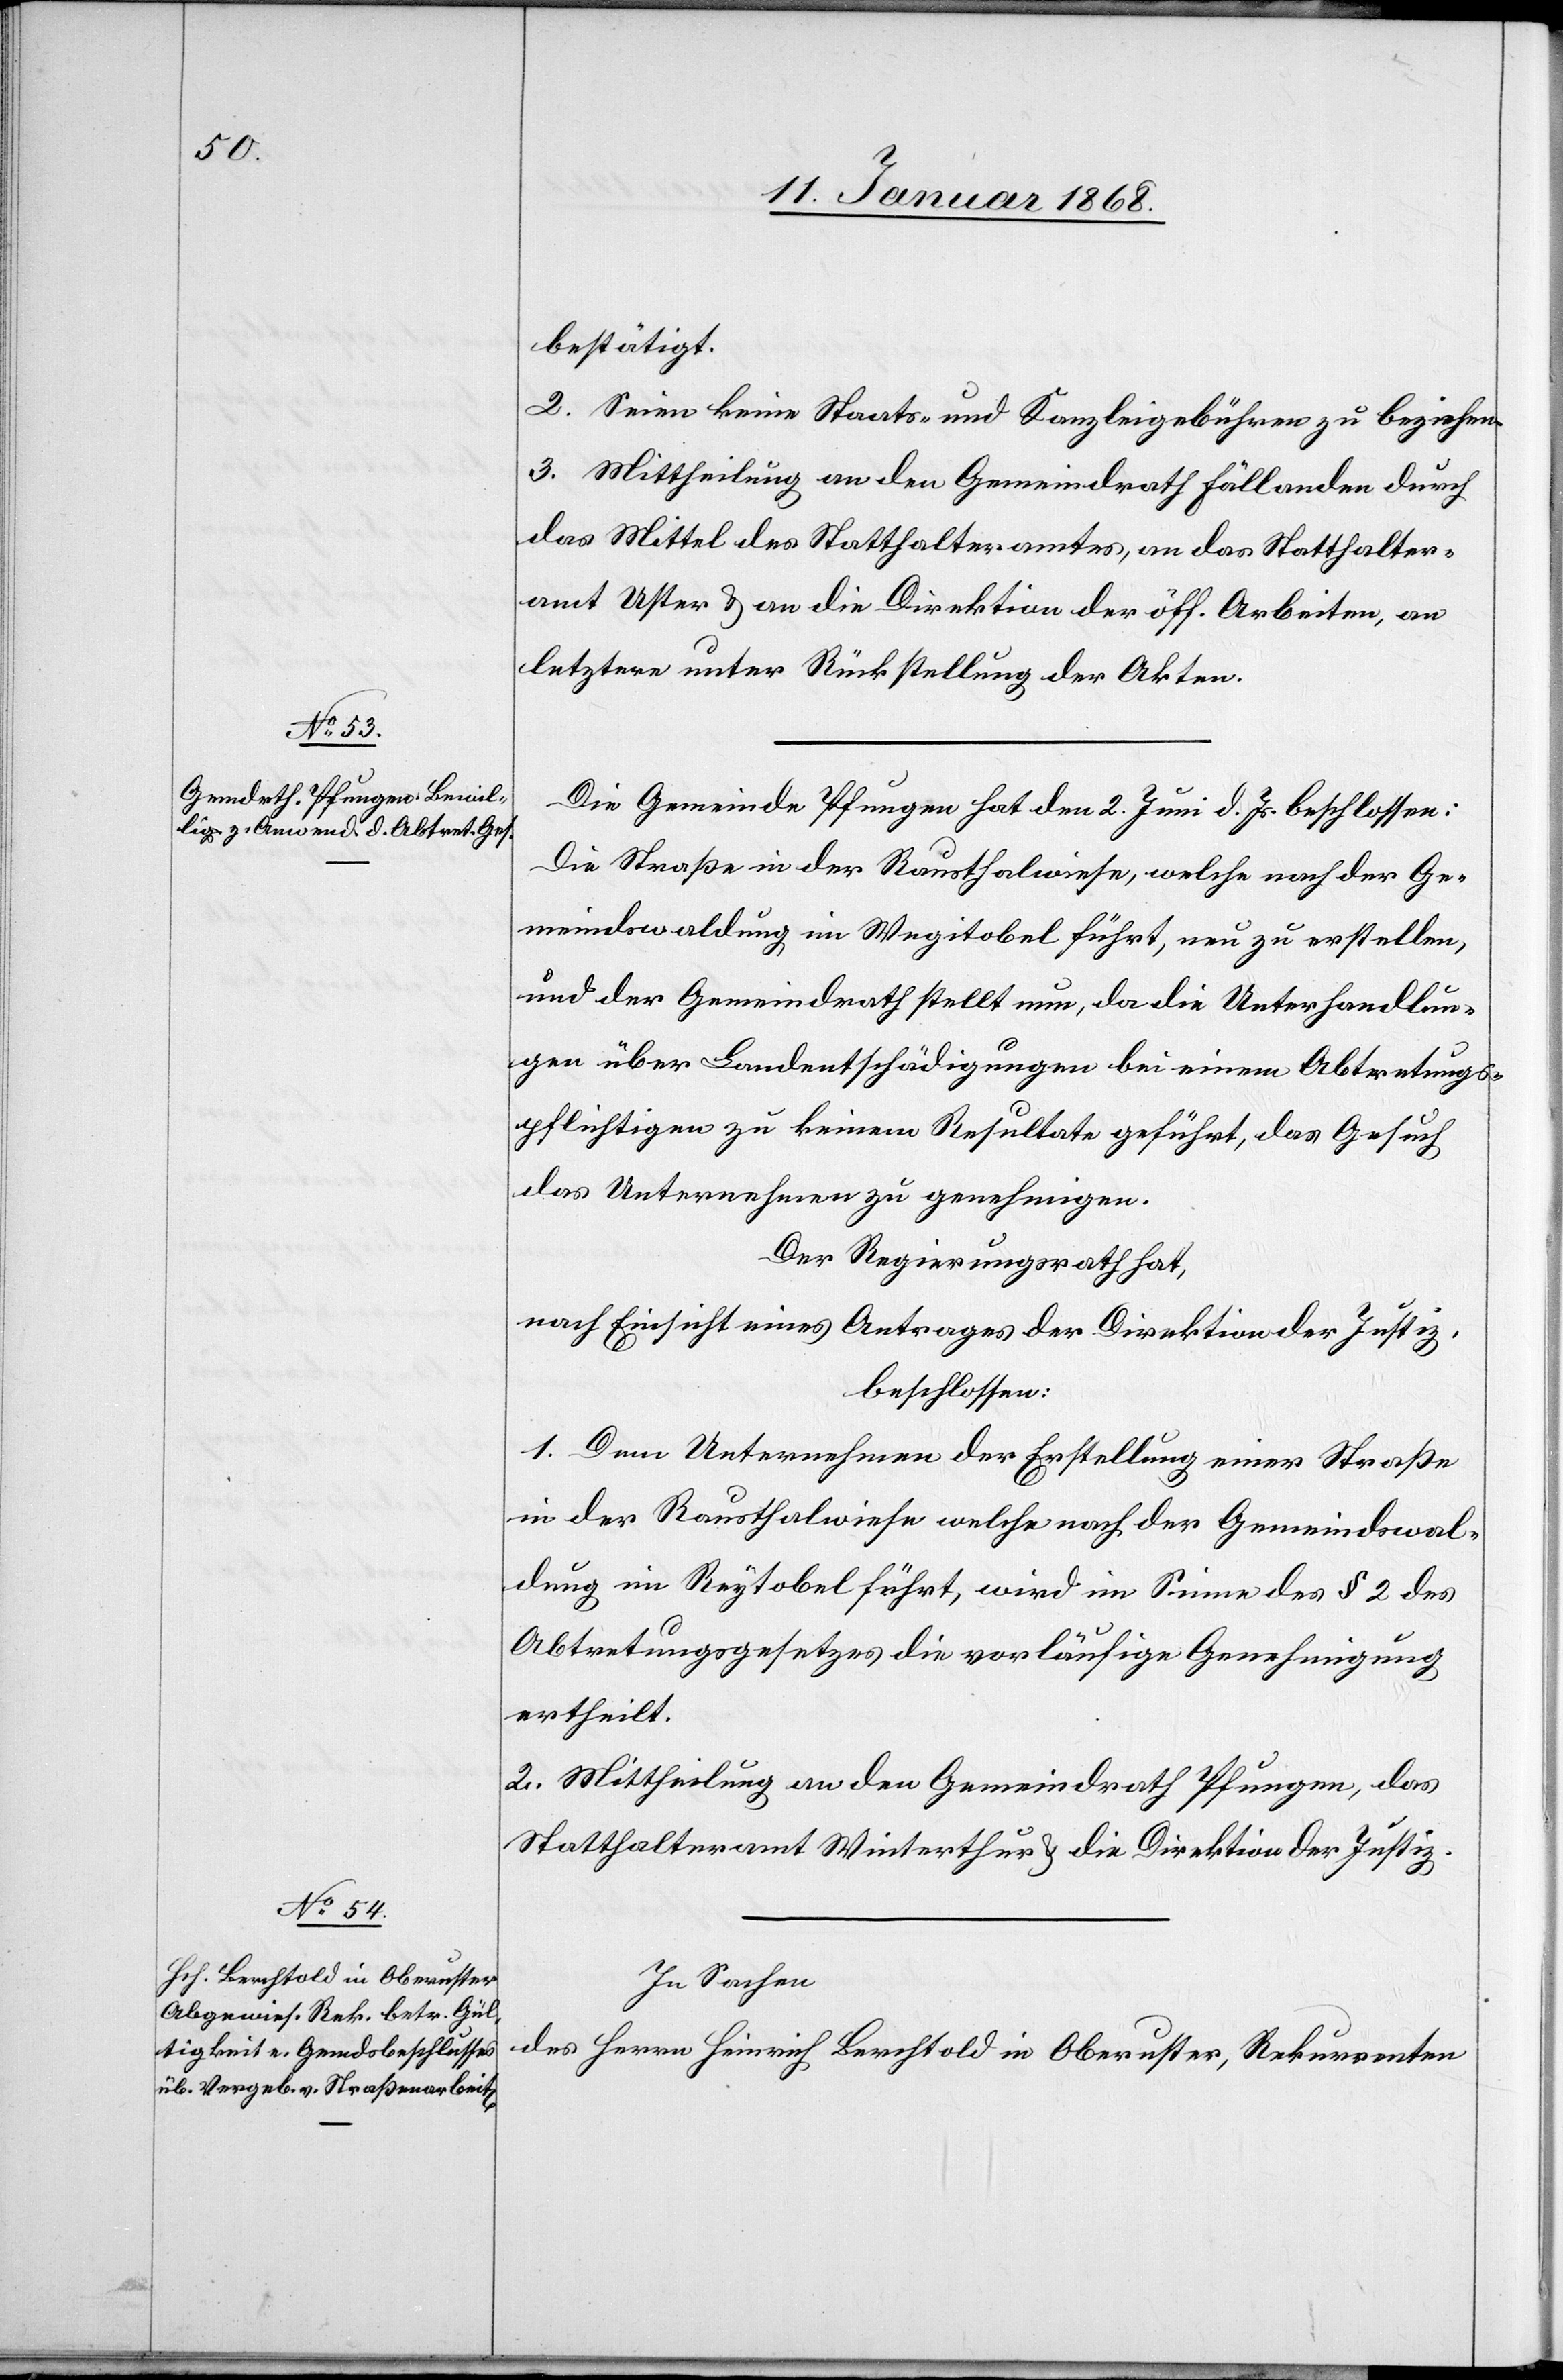
bestätigt.
2. Seien keine Staats- und Kanzleigebühren zu beziehen.
3. Mittheilung an den Gemeindrath Fällanden durch
das Mittel des Statthalteramtes, an das Statthalter¬
amt Uster & an die Direktion der öff. Arbeiten, an
letztere unter Rückstellung der Akten.
Die Gemeinde Pfungen hat den 2. Juni d. Js. beschlossen:
Die Straße in der Rausthalwiese, welche nach der Ge¬
meindswaldung im Wegitobel führt, neu zu erstellen,
und der Gemeindrath stellt nun, da die Unterhandlun¬
gen über Landentschädigungen bei einem Abtretungs¬
pflichtigen zu keinem Resultate geführt, das Gesuch
das Unternehmen zu genehmigen.
Der Regierungsrath hat,
nach Einsicht eines Antrages der Direktion der Justiz,
beschlossen:
1. Dem Unternehmen der Erstellung einer Straße
in der Rausthalwiese welche nach der Gemeindswal¬
dung im Reytobel [sic!] führt, wird im Sinne des § 2 des
Abtretungsgesetzes die vorläufige Genehmigung
ertheilt.
2. Mittheilung an den Gemeindrath Pfungen, das
Statthalteramt Winterthur & die Direktion der Justiz.
In Sachen
des Herrn Heinrich Berchtold in Oberuster, Rekurrenten